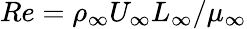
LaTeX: Re=\rho_{\infty}U_{\infty}L_{\infty}/\mu_{\infty}